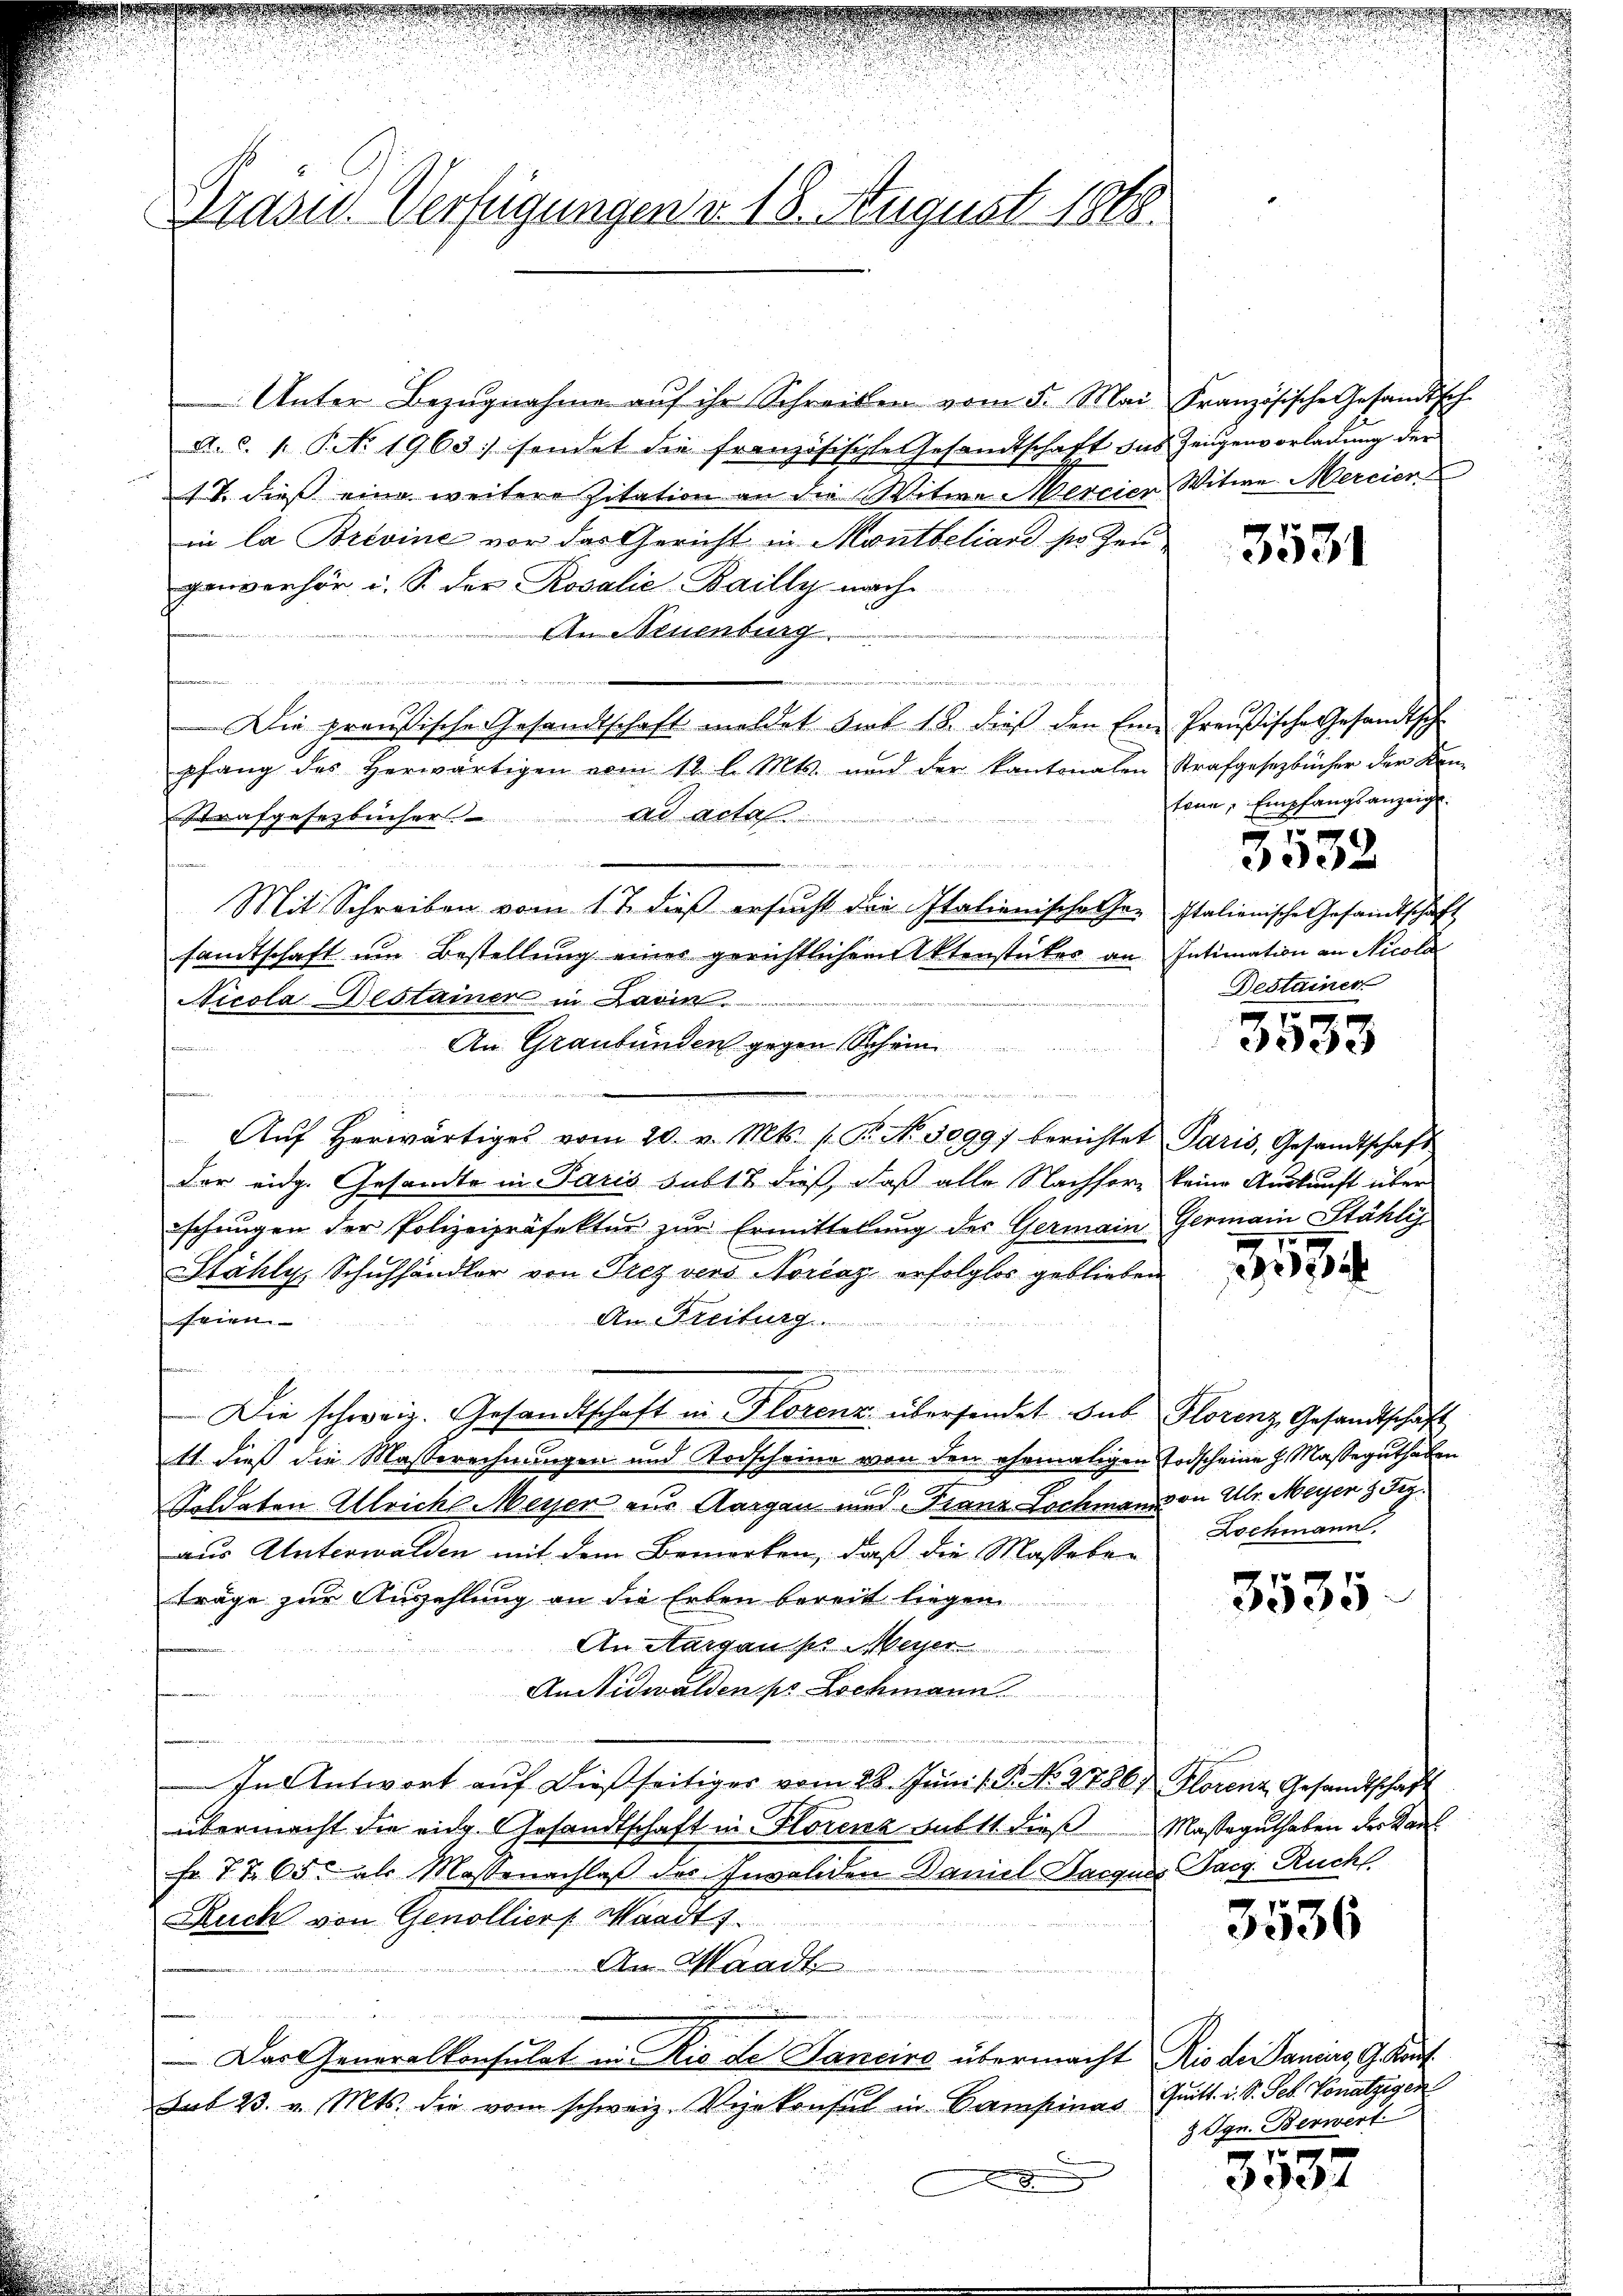
Präsid. Verfügungen v. 18. August 1818.

Unter Bezugnahme aŭf ihr Schreiben vom 5. Mai Französische Gesandtsch-
A. c. f. P. No. 1963. sendet die französische Gesandtschaft das Zeugenvorladung der
IV. dieß eine weitere Zitation an die Witwe Mercier Witwe Mercier
in la Brevine vor das Gericht in Montbeliare ser Zeu
ganverhör i. S. der Rosalie-Bailly nach
e
An Neuenburg
eventati
u
Die preußische Gesandtschaft meldet sub 18. dieß den Eine Preußische Gesandtsch
pfang des herwärtigen vom 12. l. Mts. und der kantonalen Strafgesetzbücher der Ken
ad Acte
taufgesezbücher

e

Mit Schreiben vom 17. dieβ ersŭcht die Italienische her Italienische Gesandtschäft
samtschaft um Bestellung einer gerichtlichem Utenstückes an Intimation an Nicola
Nicola Bestainer in Darin
An Graubünden gegen Schän
ane
n
Aŭf herwärtiges vom 20. v. Mts. 1. Pr. No. 3099) berichtet Paris, Gesandtschaft
der eidg. Gesandte in Paris sub 18 dieß, daß alle Nachfors keine Auskunft über
schŭngen der Polizeipräfekter zŭr Ermittelung des Germain Germain Stähli
Stahly, Schuhhändler von Trez vers Norčaz erfolglos geblieben
An Freiburg
feien

u
u
s
Die schweiz. Gesandtschaft in Florenz übersendet sub Florenz Gesandtschaft
11. dieß die Masserechnungen und Todscheine von den ehemaligen Todscheine H. Masseguthaben
Soldaten Alleiche Meyer aus Aargau und Franz Lochmann an Ulr. Meyer & Frz.
aus Unterwalden mit dem Bemerken, daß die Masseben
träge zur Auszahlung an die Erben bereit liegen
An Aargau po Meyer
AnSidwalden pr Lochmann
In Antwort aŭf dießseitiges vom 28. Jŭni l. P. No. 2786. Florenz Gesandtschaft
übermacht die eidg. Gesandtschaft in Florenz subst dieß Masseguthaben der Karl
Fr. 7 § 65. als Massenachlaß des Invaliden Daniel Bacques Sarg. Rucks
Ruck von Genollier Waadt,

Aer Waadt
.
u
Das Generalkonsulat in Rio de Sanciro übermacht Rio di anders, G. Kauf¬
Sub 23. v. Mts. die vom schweiz. Vizekonsul in Campinas Quitt. i. S. Feb. Vonatzigen
8

3531

kann, Empfangsanzeigt.

3532

Destainer

3533

313

Lochmann.

3535

3536

3 Sgr. Berwert

3537